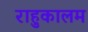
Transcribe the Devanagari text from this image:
राहुकालम